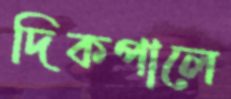
দিকপালে